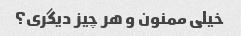
خیلی ممنون و هر چیز دیگری؟